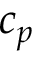
c _ { p }